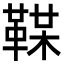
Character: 𩋞